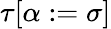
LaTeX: \tau[\alpha:=\sigma]